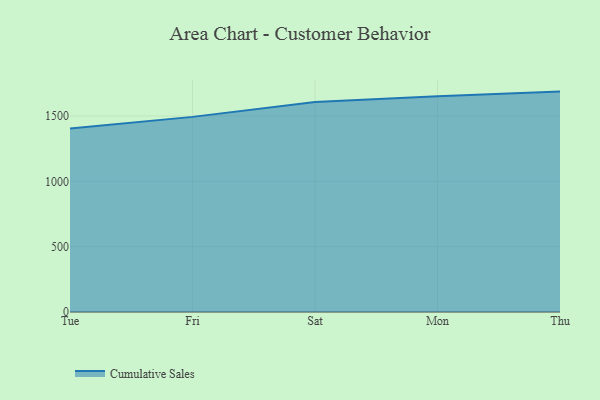
{"axis": {"x": "Day", "y": "Bounce Rate (%)"}, "legend": ["Cumulative Sales"], "data": [{"x": "Tue", "y": 1404.4, "type": "Cumulative Sales"}, {"x": "Fri", "y": 1493.7, "type": "Cumulative Sales"}, {"x": "Sat", "y": 1607.1, "type": "Cumulative Sales"}, {"x": "Mon", "y": 1650.7, "type": "Cumulative Sales"}, {"x": "Thu", "y": 1687.2, "type": "Cumulative Sales"}]}